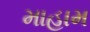
માહામ